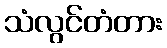
သံလွင်တံတား